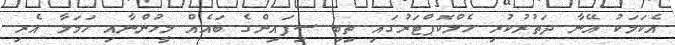
އެކަމަކު އޭނާ ދަތުރުކުރި ހެލްކޮޕްޓަރުގައި ތިބި ސިފައިންގެ ބައެއް މީހުންނާއި ހަމަލާ އެރި